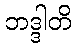
ဘဒ္ဒါတိ